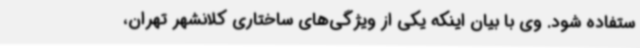
ستفاده شود. وی با بیان اینکه یکی از ویژگی‌های ساختاری کلانشهر تهران،